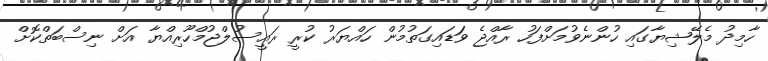
ހާމިދު މެލޭޝިޔާގައި ހުންނެވުމަށްފަހު ރާއްޖެ ވަަޑައިގަތުމުން ހައްޔަރު ކުރީ ރައީސުލްޖުމްހޫރިއްޔާ އަށް ނިސްބަތްކޮށް